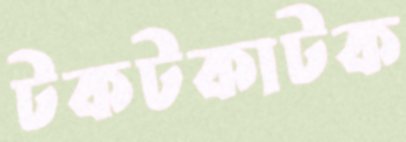
টকটকাটক